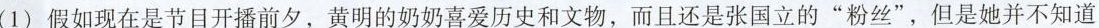
(1)假如现在是节目开播前夕，黄明的奶奶喜爱历史和文物，而且还是张国立的”粉丝”，但是她并不知道